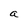
Character: a